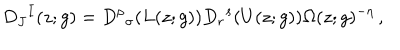
D _ { J } { } ^ { I } ( z ; g ) = D ^ { \rho } { } _ { \sigma } ( L ( z ; g ) ) D _ { r } { } ^ { s } ( U ( z ; g ) ) \Omega ( z ; g ) ^ { - \eta } \, ,